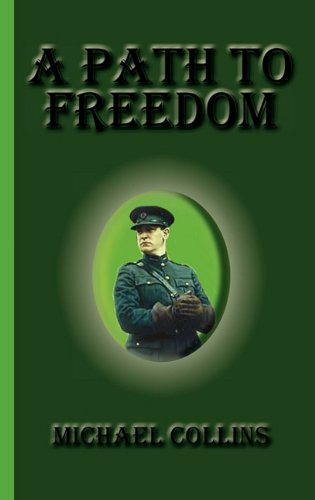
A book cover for A Path to Freedom; Michael Collins; Biographies & Memoirs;